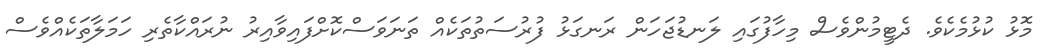
މޮޅު ކުޅުމެކެވެ. ދެޓީމުންވެސް މިހާފުގައި ލަނޑުޖަހަން ރަނގަޅު ފުރުސަތުތަކެއް ތަނަވަސްކޮށްފައިވާއިރު ނުރައްކާތެރި ހަމަލާތަކެއްވެސް